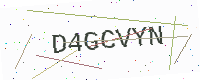
Text: D4GCVYN